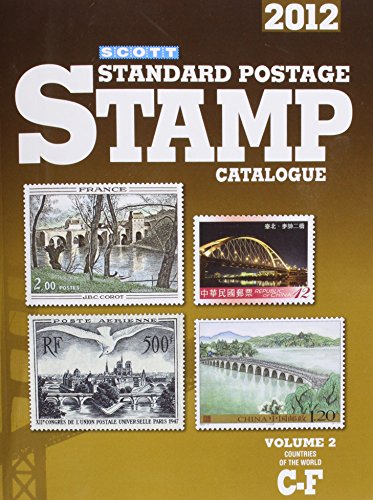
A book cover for Scott 2012 Standard Postage Stamp Catalogue Volume 2: Countries of the World C-F (Scott Standard Postage Stamp Catalogue: Vol.2: Countries of the World C-F); Crafts, Hobbies & Home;